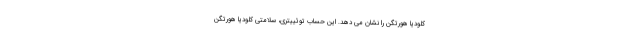
کلودیا هورتگن را نشان می دهد. این حساب توئییتری، سلامتی کلودیا هورتگن